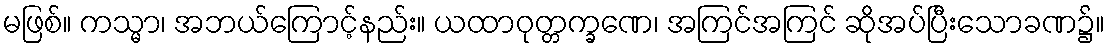
မဖြစ်။ ကသ္မာ၊ အဘယ်ကြောင့်နည်း။ ယထာဝုတ္တက္ခဏေ၊ အကြင်အကြင် ဆိုအပ်ပြီးသောခဏ၌။